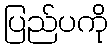
ပြည်ပကို